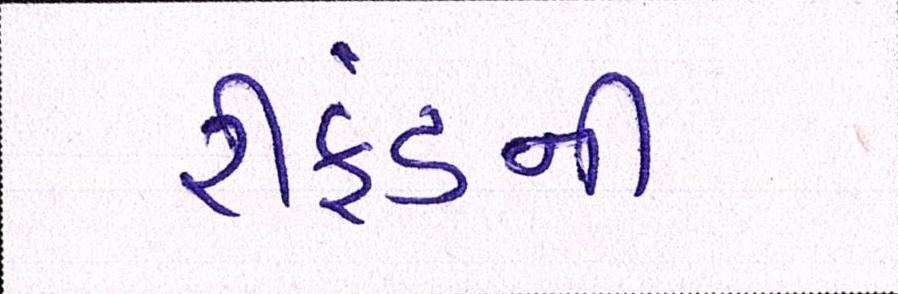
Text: રીફંડની